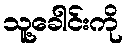
သူ့ခေါင်းကို